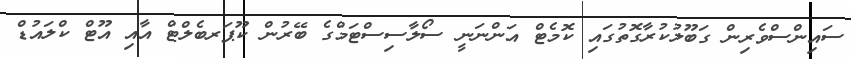
ސައިންސްވެރިން ގަބޫލުކުރާގޮތުގައި ކޮމެޓް އަންނަނީ ސޯލާސިސްޓަމްގެ ބޭރުން ކޫޕަރބެލްޓް އާއި އޫޓް ކްލައުޑް